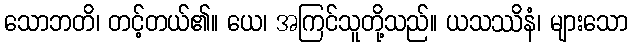
သောဘတိ၊ တင့်တယ်၏။ ယေ၊ အကြင်သူတို့သည်။ ယသဿိနံ၊ များသော